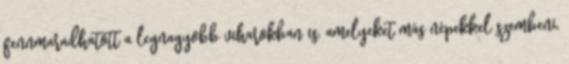
fennmaradhatott a legnagyobb viharokban is, amelyeket más népekkel szembeni,